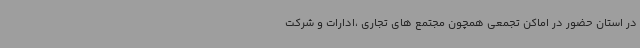
در استان حضور در اماکن تجمعی همچون مجتمع های تجاری ،ادارات و شرکت